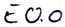
Text: E0.0